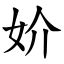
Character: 妎